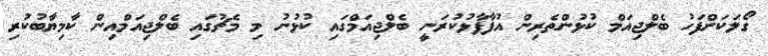
ގޯލަކަށްފަހު ބެލްޖިއަމް ކުޅުންތެރިން އުފާފާޅުކުރަނީ ބެލްޖިއަމްގައި ކުޅުނު މި މެޗުގައި ބެލްޖިއަމްއިން ކާމިޔާބުކުރި